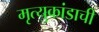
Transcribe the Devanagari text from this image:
मृत्युकांडाची